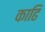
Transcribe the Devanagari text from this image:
काढि